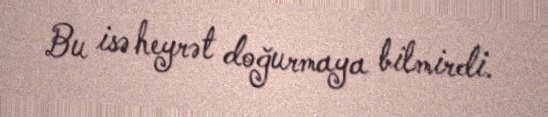
Bu isə heyrət doğurmaya bilmirdi.